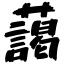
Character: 藹